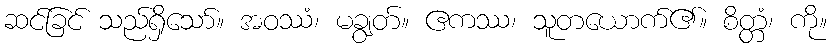
ဆင်ခြင် သည်ရှိသော်။ အဝဿံ၊ မချွတ်။ ဧကဿ၊ သူတယောက်၏။ စိတ္တံ၊ ကို။